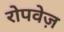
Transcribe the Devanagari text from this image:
रोपवेज़